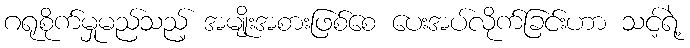
ဂရုစိုက်မှုမည်သည့် အမျိုးအစားဖြစ်စေ ပေးအပ်လိုက်ခြင်းဟာ သင့်ရဲ့